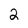
Character: 2